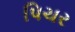
પિચર